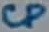
Text: CP